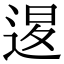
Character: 𨓆